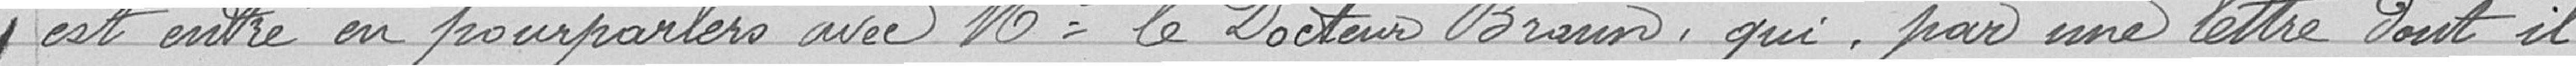
est entré en pourparlers avec monsieur le Docteur Braun, qui, par une lettre dont il